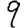
Digit: 9